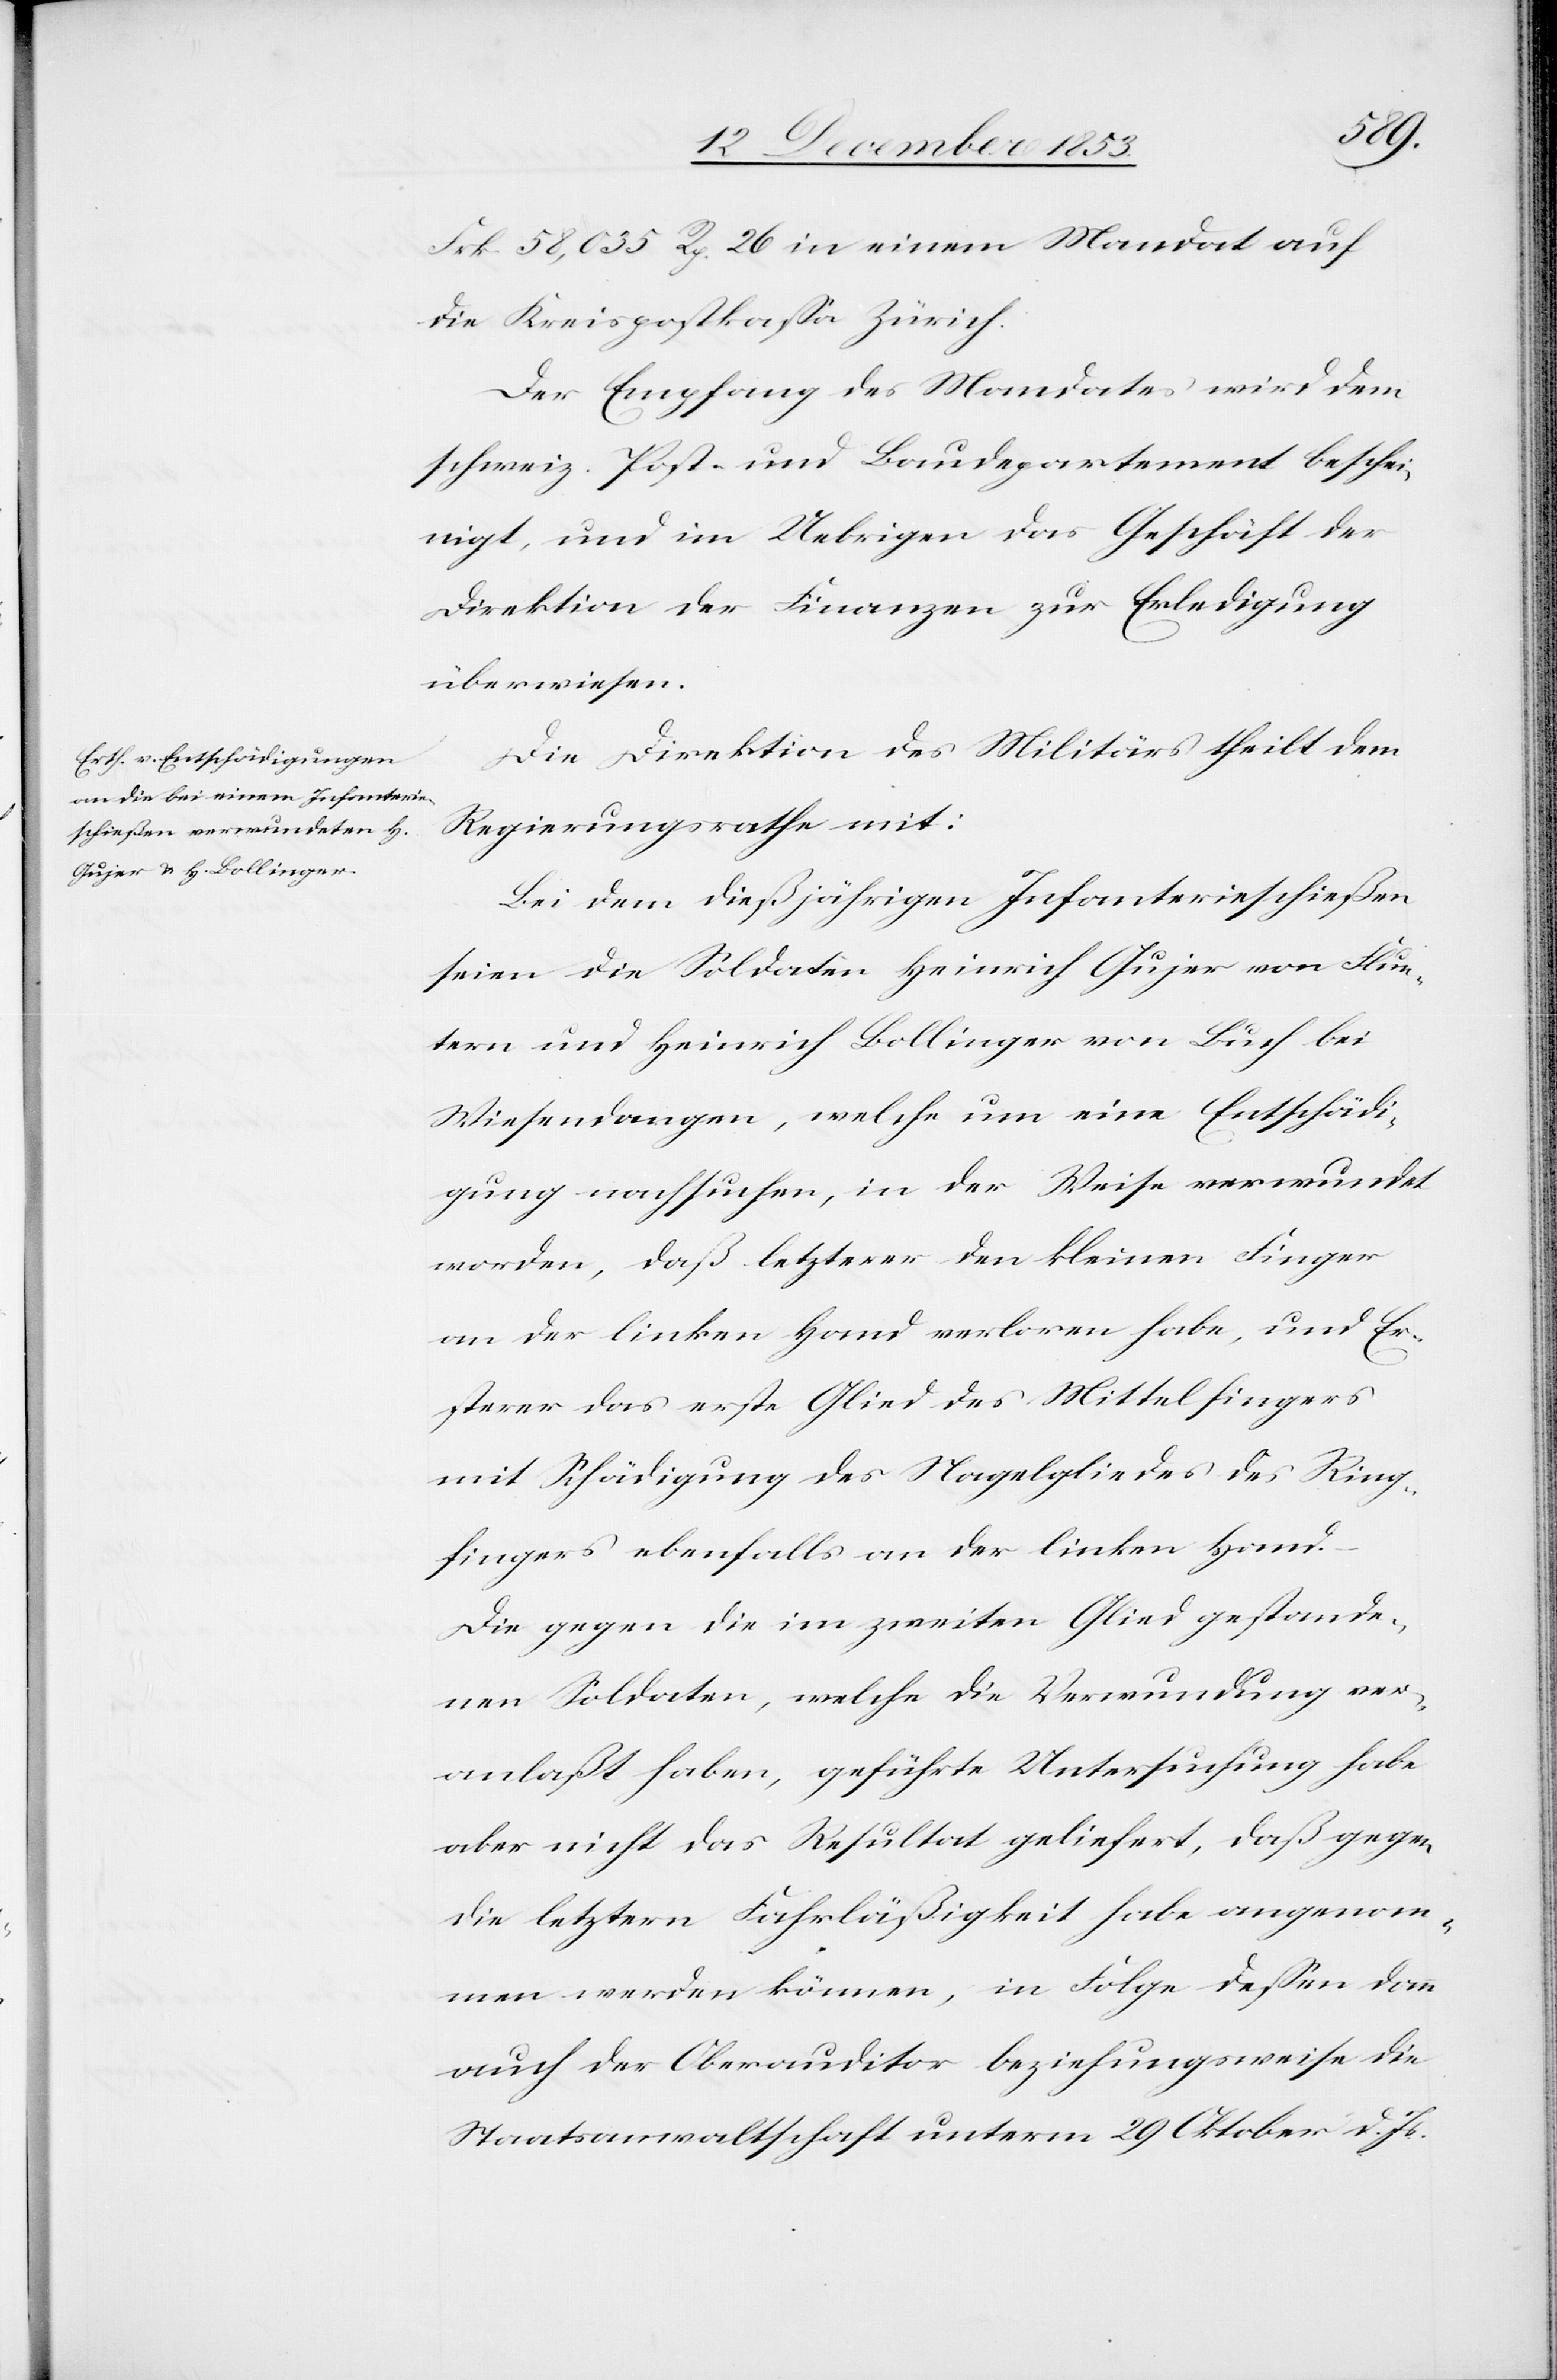
Frk. 58,035 Rp. 26 in einem Mandat auf
die Kreispostkaßa Zürich.
Der Empfang des Mandates wird dem
schweiz. Post- und Baudepartement beschei¬
nigt, und im Uebrigen das Geschäft der
Direktion der Finanzen zur Erledigung
überwiesen.
Die Direktion des Militärs theilt dem
Regierungsrathe mit:
Bei dem dießjährigen Infanterieschießen
seien die Soldaten Heinrich Gujer von Flun¬
tern und Heinrich Bollinger von Buch bei
Wiesendangen, welche um eine Entschädi¬
gung nachsuchen, in der Weise verwundet
worden, daß letzterer den kleinen Finger
an der linken Hand verloren habe, und Er¬
sterer das erste Glied des Mittelfingers
mit Schädigung des Nagelgliedes des Ring¬
fingers ebenfalls an der linken Hand.
Die gegen die im zweiten Glied gestande¬
nen Soldaten, welche die Verwundung ver¬
anlaßt haben, geführte Untersuchung habe
aber nicht das Resultat geliefert, daß gegen
die letztern Fahrläßigkeit habe angenom¬
men werden können, in Folge deßen dann
auch der Oberauditor beziehungsweise die
Staatsanwaltschaft unterm 29 Oktober d. Js.